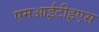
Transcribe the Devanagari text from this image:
एमआईटीइएस